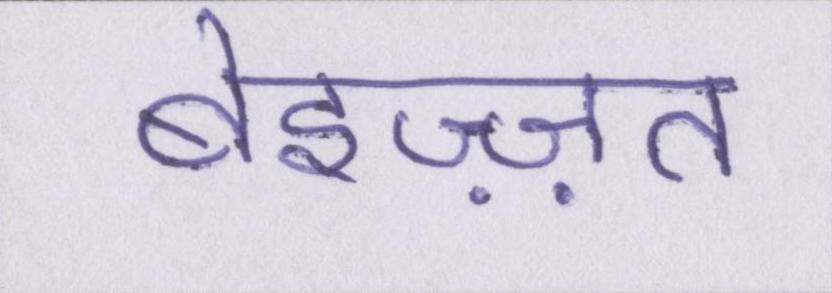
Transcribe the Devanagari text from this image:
बेइज़्ज़त